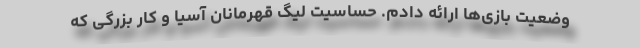
وضعیت بازی‌ها ارائه دادم. حساسیت لیگ قهرمانان آسیا و کار بزرگی که